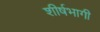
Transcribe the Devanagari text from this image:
शीर्षभागी